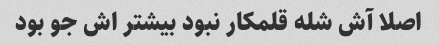
اصلا آش شله قلمکار نبود بیشتر اش جو بود